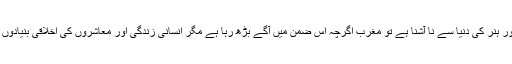
ان کے نزدیک مشرق سائنس و تحقیق اور ہنر کی دنیا سے نا آشنا ہے تو مغرب اگرچہ اس ضمن میں آگے بڑھ رہا ہے مگر انسانی زندگی اور معاشروں کی اخلاقی بنیادوں کو کھو کر انتشار و افتراق کاشکارہے۔